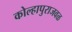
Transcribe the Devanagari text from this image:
कोल्हापुराजवळ